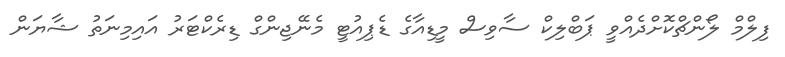
ފިލްމް ލޯންޗްކޮށްދެއްވީ ޕަބްލިކް ސާވިސް މީޑިއާގެ ޑެޕިއުޓީ މެނޭޖިންގް ޑިރެކްޓަރު އައިމިނަތު ޝާޔަން